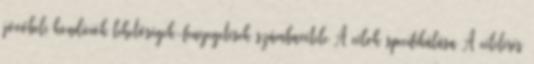
jövőbeli kondíciók lehetőségek-fenyegetések számbavétele A célok specifikálása A célelérés